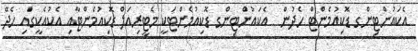
އެކައުންޓިންގ ޑޮކިއުމެންޓް ހެދުން  އެކައުންޓިންގ ޑޮކިއުމެންޓަކީ މެޓީރިއަލް ޑޮކިއުމެންޓާއި އެކުއެކީގައި ހެދޭ